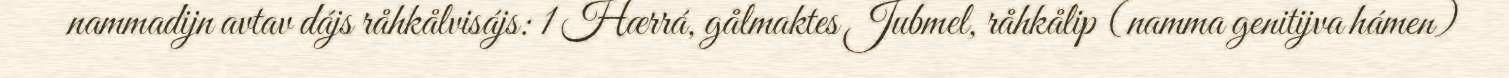
nammadijn avtav dájs råhkålvisájs: 1 Hærrá, gålmaktes Jubmel, råhkålip (namma genitijva hámen)